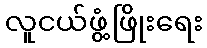
လူငယ်ဖွံ့ဖြိုးရေး